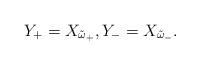
LaTeX: \begin{align*}Y_+=X_{\tilde{\omega}_+}, Y_-=X_{\tilde{\omega}_-}.\end{align*}